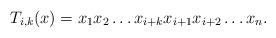
LaTeX: \begin{align*} T_{i,k}(x) = x_1 x_2 \dots x_{i+k} x_{i+1} x_{i+2} \dots x_n. \end{align*}